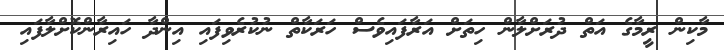
މާކިން ރީމާގެ އަތް ދުރަށްލާން ހިތަށް އަރާފައިވެސް ހަރަކާތް ނުކުރެވިފައި އިންދާ ހައިރާންކޮށްލާފައި